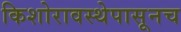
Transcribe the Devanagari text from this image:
किशोरावस्थेपासूनच